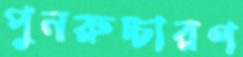
পুনরুচ্চারণ